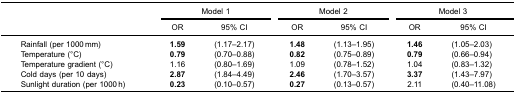
<table><thead><tr><td><b> </b></td><td colspan="2"><b>Model 1</b></td><td colspan="2"><b>Model 2</b></td><td colspan="2"><b>Model 3</b></td></tr><tr><td><b> </b></td><td><b>OR</b></td><td><b>95% CI</b></td><td><b>OR</b></td><td><b>95% CI</b></td><td><b>OR</b></td><td><b>95% CI</b></td></tr></thead><tbody><tr><td>Rainfall (per 1000 mm)</td><td><b>1.59</b></td><td>(1.17–2.17)</td><td><b>1.48</b></td><td>(1.13–1.95)</td><td><b>1.46</b></td><td>(1.05–2.03)</td></tr><tr><td>Temperature (°C)</td><td><b>0.79</b></td><td>(0.70–0.88)</td><td><b>0.82</b></td><td>(0.75–0.89)</td><td><b>0.79</b></td><td>(0.66–0.94)</td></tr><tr><td>Temperature gradient (°C)</td><td>1.16</td><td>(0.80–1.69)</td><td>1.09</td><td>(0.78–1.52)</td><td>1.04</td><td>(0.83–1.32)</td></tr><tr><td>Cold days (per 10 days)</td><td><b>2.87</b></td><td>(1.84–4.49)</td><td><b>2.46</b></td><td>(1.70–3.57)</td><td><b>3.37</b></td><td>(1.43–7.97)</td></tr><tr><td>Sunlight duration (per 1000 h)</td><td><b>0.23</b></td><td>(0.10–0.57)</td><td><b>0.27</b></td><td>(0.13–0.57)</td><td>2.11</td><td>(0.40–11.08)</td></tr></tbody></table>